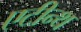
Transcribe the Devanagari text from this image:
एटीन्थ